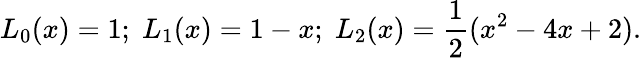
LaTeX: L_{0}(x)=1;\; L_{1}(x)=1-x;\; L_{2}(x)=\frac{1}{2}(x^{2}-4x+2).